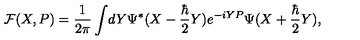
{ \cal F } ( X , P ) = { \frac { 1 } { 2 \pi } } \int \! d Y \Psi ^ { * } ( X - { \frac { \hbar } { 2 } } Y ) e ^ { - i Y P } \Psi ( X + { \frac { \hbar } { 2 } } Y ) ,